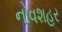
નોવશહર